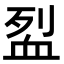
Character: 𬠼